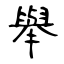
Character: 舉